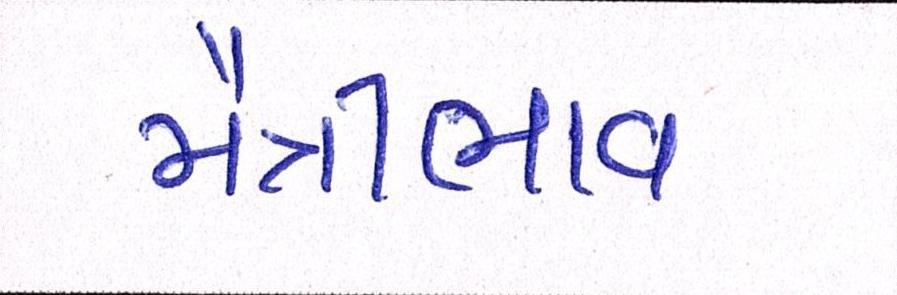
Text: મૈત્રીભાવ